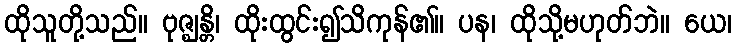
ထိုသူတို့သည်။ ဗုဇ္ဈန္တိ၊ ထိုးထွင်း၍သိကုန်၏။ ပန၊ ထိုသို့မဟုတ်ဘဲ။ ယေ၊